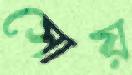
সোয়